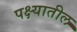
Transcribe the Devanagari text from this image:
पक्ष्यातील